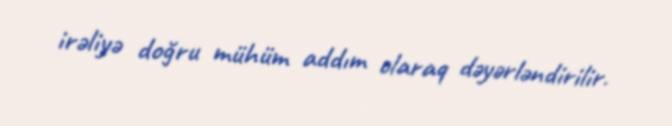
irəliyə doğru mühüm addım olaraq dəyərləndirilir.